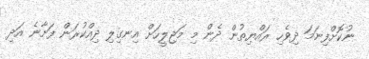
ނުކޮށްފިނަމަ ދިވެހި ރައްޔިތުން ދެން މި މަޖިލީހަށް އިނގިލި ދިއްކުރަން ފަށާނެ އަދި